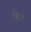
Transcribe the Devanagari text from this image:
र्चित्र